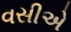
વસીએ